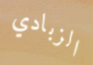
الزبادي